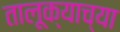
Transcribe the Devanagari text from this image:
तालूक्याच्या